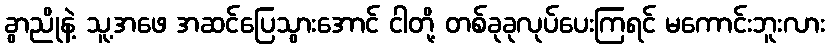
ခွာညိုနဲ့ သူ့အဖေ အဆင်ပြေသွားအောင် ငါတို့ တစ်ခုခုလုပ်ပေးကြရင် မကောင်းဘူးလား